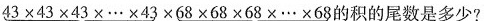
$$4 3 \times 4 3 \times 4 3 \times … \times 4 3 \times 6 8 \times 6 8 \times 6 8 \times … \times 6 8$$的积的尾数是多少？